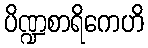
ပိဏ္ဍစာရိကေဟိ